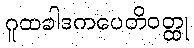
ဂူထခါဒကပေတိဝတ္ထု